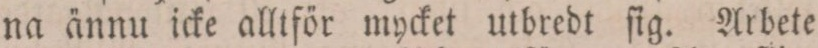
na ännu icke alltför mycket utbredt ſig. Arbete